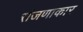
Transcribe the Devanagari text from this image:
रांजणाकार